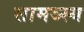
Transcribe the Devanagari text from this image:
सामञ्स्य